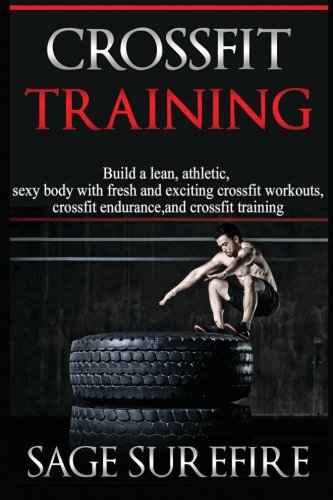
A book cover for CrossFit Training: Build A Lean Athletic Sexy Body With Fresh And Exciting Crossfit Workouts Crossfit Endurance And Crossfit Training; Sage Surefire; Sports & Outdoors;